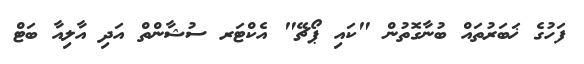
ފަހުގެ ޚަބަރުތައް ބުނާގޮތުން "ކައި ޕޯޗޭ" އެކްޓަރ ސުޝާންތް އަދި އާލިއާ ބަޓް